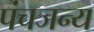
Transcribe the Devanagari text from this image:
पंचजन्य